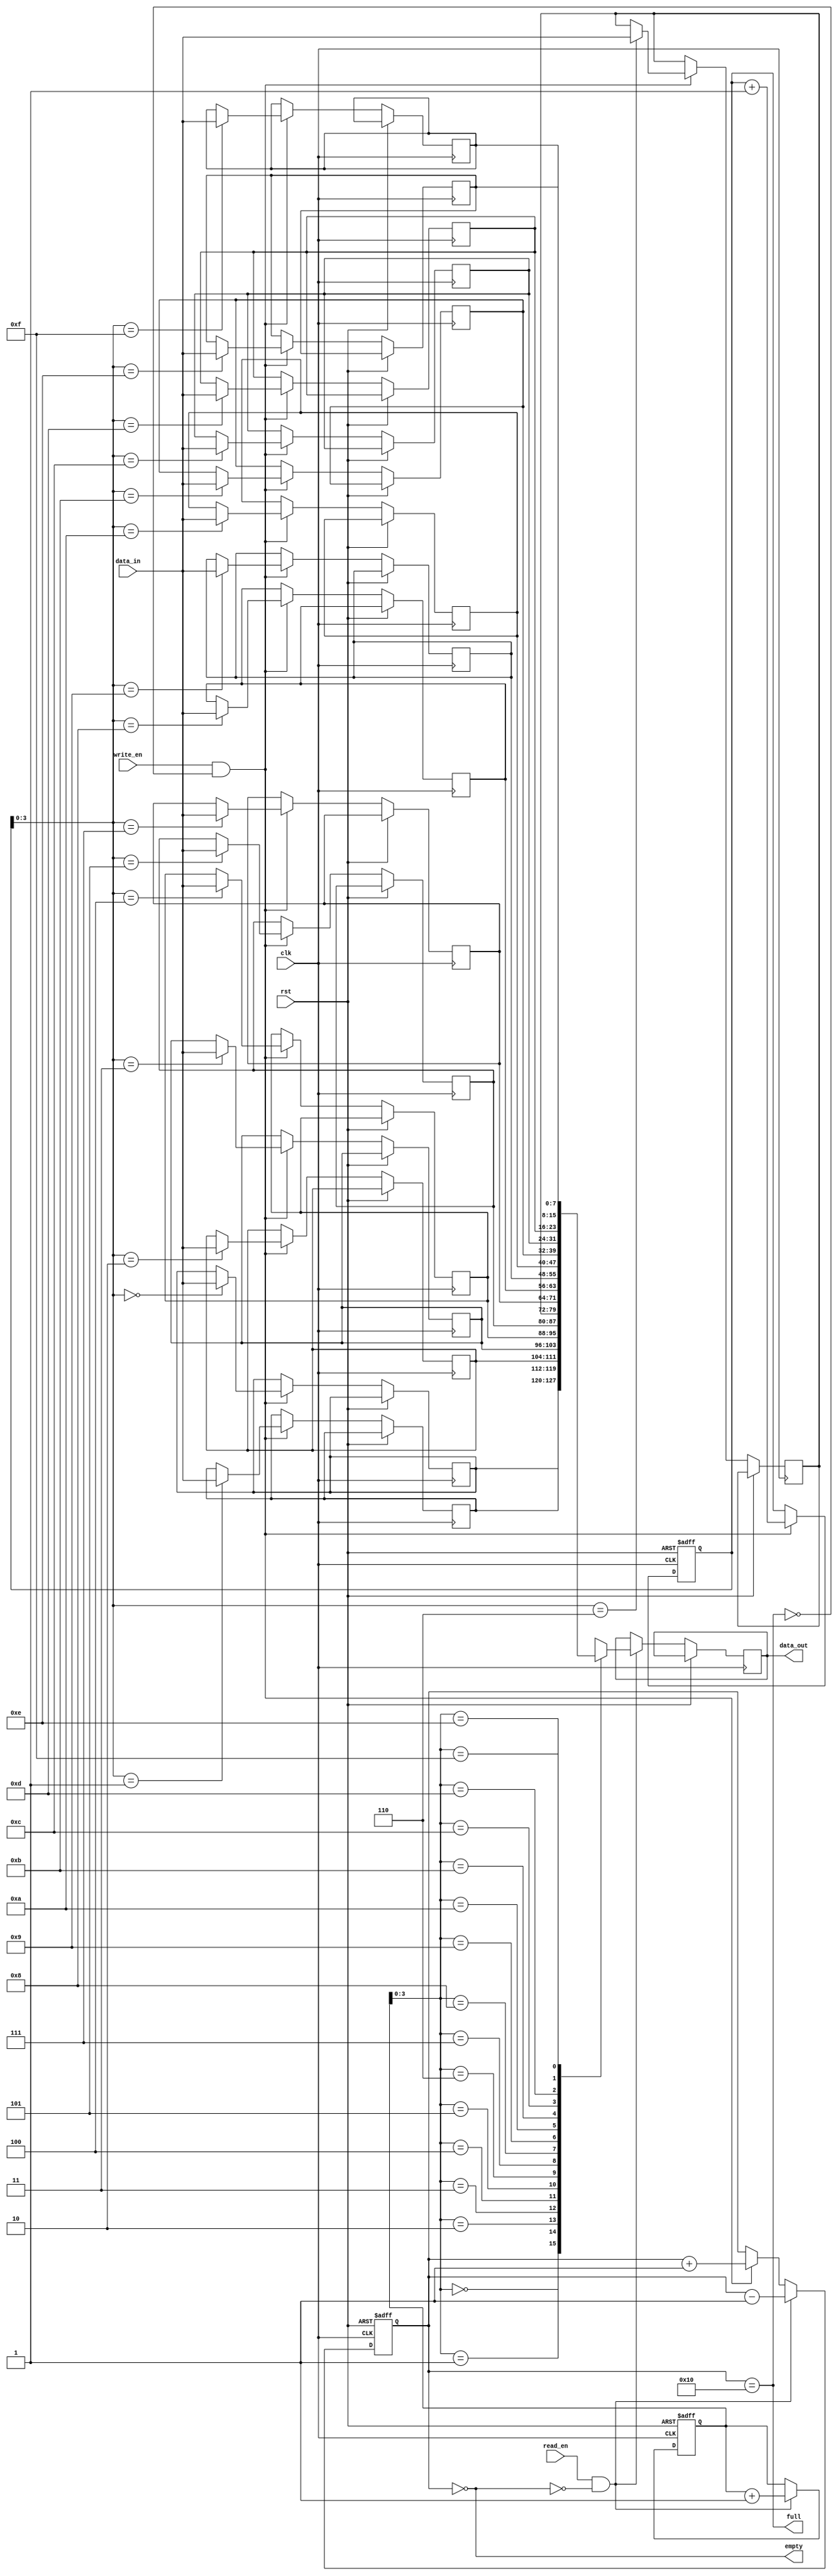
module dual_port_fifo (
    input wire clk,
    input wire rst,
    input wire [7:0] data_in,
    input wire write_en,
    input wire read_en,
    output wire full,
    output wire empty,
    output wire [7:0] data_out
);

parameter DEPTH = 16;
parameter WIDTH = 8;

reg [WIDTH-1:0] fifo [0:DEPTH-1];
reg [DEPTH-1:0] read_ptr, write_ptr;
reg [DEPTH-1:0] count;

assign full = (count == DEPTH);
assign empty = (count == 0);

always @(posedge clk or posedge rst) begin
    if (rst) begin
        read_ptr <= 0;
        write_ptr <= 0;
        count <= 0;
    end else begin
        if (write_en && !full) begin
            fifo[write_ptr] <= data_in;
            write_ptr <= write_ptr + 1;
            count <= count + 1;
        end

        if (read_en && !empty) begin
            data_out <= fifo[read_ptr];
            read_ptr <= read_ptr + 1;
            count <= count - 1;
        end
    end
end

endmodule